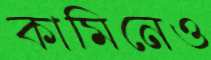
কামিনেও